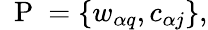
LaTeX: \mathrm{~\mathbf~P~}=\{ w_{\alpha q},c_{\alpha j}\} ,